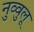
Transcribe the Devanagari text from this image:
नुव्वुलू